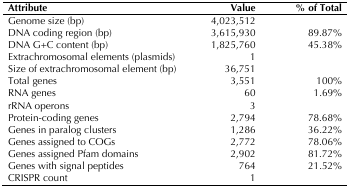
<table><thead><tr><td><b>Attribute</b></td><td><b>Value</b></td><td><b>% of Total</b></td></tr></thead><tbody><tr><td>Genome size (bp)</td><td>4,023,512</td><td></td></tr><tr><td>DNA coding region (bp)</td><td>3,615,930</td><td>89.87%</td></tr><tr><td>DNA G+C content (bp)</td><td>1,825,760</td><td>45.38%</td></tr><tr><td>Extrachromosomal elements (plasmids)</td><td>1</td><td></td></tr><tr><td>Size of extrachromosomal element (bp)</td><td>36,751</td><td></td></tr><tr><td>Total genes</td><td>3,551</td><td>100%</td></tr><tr><td>RNA genes</td><td>60</td><td>1.69%</td></tr><tr><td>rRNA operons</td><td>3</td><td></td></tr><tr><td>Protein-coding genes</td><td>2,794</td><td>78.68%</td></tr><tr><td>Genes in paralog clusters</td><td>1,286</td><td>36.22%</td></tr><tr><td>Genes assigned to COGs</td><td>2,772</td><td>78.06%</td></tr><tr><td>Genes assigned Pfam domains</td><td>2,902</td><td>81.72%</td></tr><tr><td>Genes with signal peptides</td><td>764</td><td>21.52%</td></tr><tr><td>CRISPR count</td><td>1</td><td></td></tr></tbody></table>